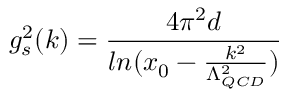
g _ { s } ^ { 2 } ( k ) = \frac { 4 \pi ^ { 2 } d } { l n ( x _ { 0 } - \frac { k ^ { 2 } } { \Lambda _ { Q C D } ^ { 2 } } ) }